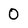
Character: 0